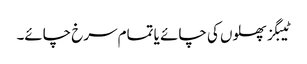
ٹیبگز پھلوں کی چائے یا تمام سرخ چائے۔